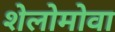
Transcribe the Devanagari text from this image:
शेलोमोवा